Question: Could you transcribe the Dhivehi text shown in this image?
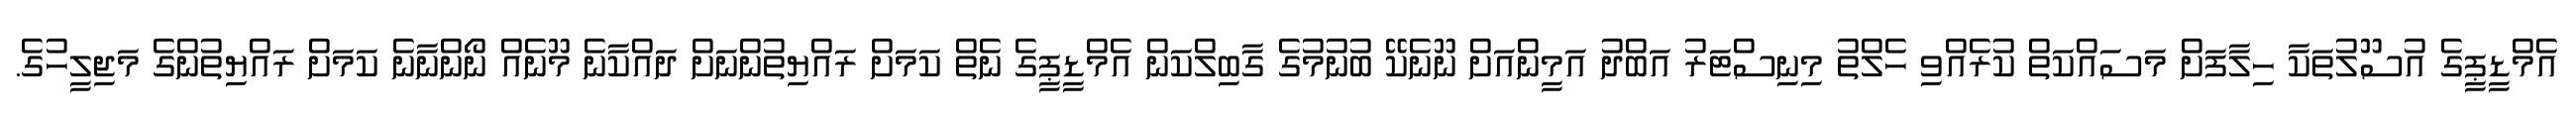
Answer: އެމްޑީޕީގެ އުސޫލުތަކާ ހިލާފަށް މަސައްކަތް ކުރެއްވި ހެލްތު މިނިސްޓަރު އަބްދު އަމީންއަށް ނޫނެކޭ ބުނުމުގެ ގާބިލްކަން އެމްޑީޕީގެ ނެތް ކަމަށް ރައްޔިތުންނަށް ދައްކާނެ މޫނެއް ނޯންނާނެ ކަމަށް ރައްޔިތުންގެ މަޖިލީހުގެ.